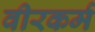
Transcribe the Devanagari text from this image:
वीरकर्म